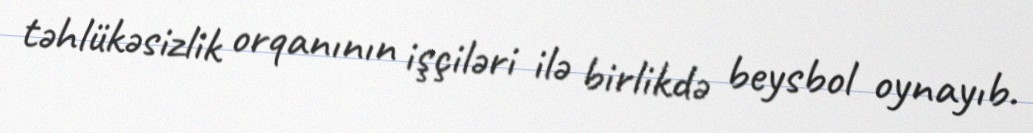
təhlükəsizlik orqanının işçiləri ilə birlikdə beysbol oynayıb.